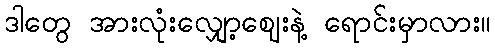
ဒါတွေ အားလုံးလျှော့ဈေးနဲ့ ရောင်းမှာလား။